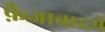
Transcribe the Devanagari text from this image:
फ़ैजाबादमें